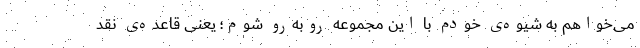
می‌خواهم به شیوه‌ی خودم با این مجموعه روبه‌رو شوم؛ یعنی قاعده‌ی نقد